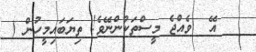
އޭ  ވެއްޖެ މީސްތަކުންނޭވެ! ތިޔަބައިމީހުން (